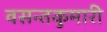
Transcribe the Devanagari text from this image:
वसन्तकुमारी